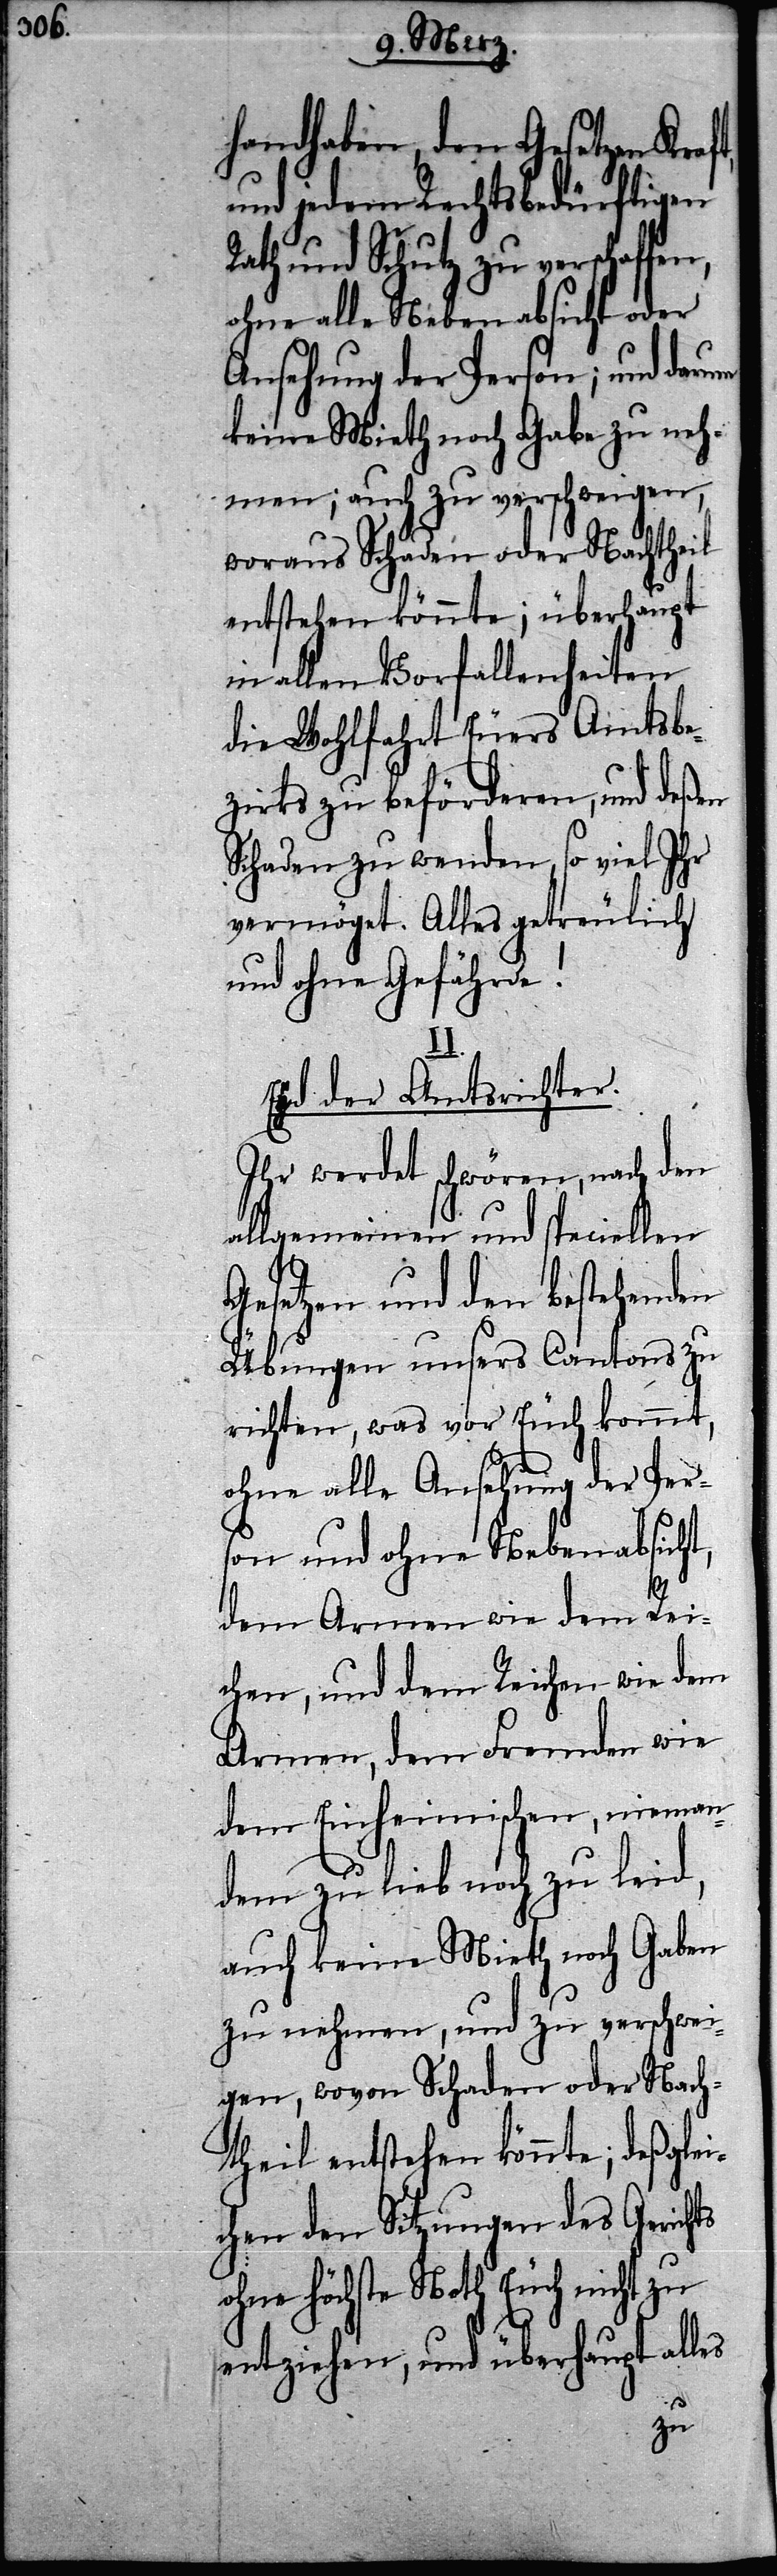
handhaben, den Gesetzen Kraft,
und jedem Rechtsbedürftigen
Rath und Schutz zu verschaffe¬
ohne alle Nebenabsicht oder
Ansehung der Person; und darum
keine Mieth noch Gabe zu neh¬
men; auch zu verschweigen,
woraus Schaden oder Nachtheil
entstehen könnte; überhaupt
in allen Vorfallenheiten
die Wohlfahrt Euers Amtsbe¬
zirks zu beförderen, und deßen
Schaden zu wenden, so viel Ihr
vermöget. Alles getreulich
und ohne Gefährde!
Eyd der Amtsrichter.
Ihr werdet schwören, nach den
allgemeinen und speciellen
Gesetzen und den bestehenden
Übungen unsers Cantons zu
richten, was vor Euch kommt,
ohne alle Ansehung der Pers¬
on und ohne Nebenabsicht,
dem Armen wie dem Rei¬
chen, und dem Reichen wie dem
Armen, dem Fremden wie
dem Einheimischen, nieman¬
dem zu lieb noch zu leid,
auch keine Mieth noch Gaben
zu nehmen, und zu verschwei¬
gen, wovon Schaden oder Nach¬
theil entstehen könnte; deßglei¬
chen den Sitzungen des Gerichts
ohne höchste Noth Euch nicht zu
entziehen, und überhaupt alles
n,